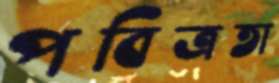
পবিত্রতা